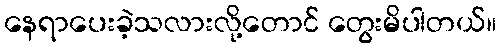
နေရာပေးခဲ့သလားလို့တောင် တွေးမိပါတယ်။